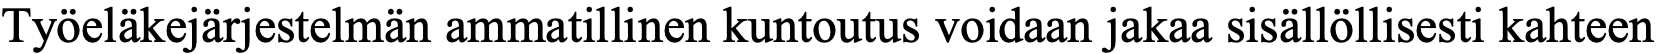
Työeläkejärjestelmän ammatillinen kuntoutus voidaan jakaa sisällöllisesti kahteen